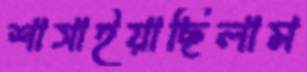
শাসাইয়াছিলাম